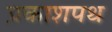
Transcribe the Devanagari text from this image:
प्रकाशपथ